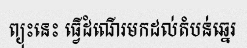
ព្យុះនេះ ធ្វើដំណើរមកដល់តំបន់ឆ្នេរ